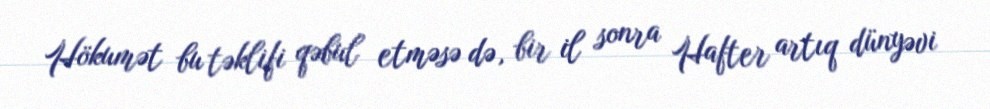
Hökumət bu təklifi qəbul etməsə də, bir il sonra Hafter artıq dünyəvi